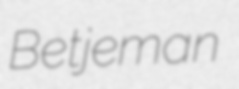
Betjeman